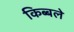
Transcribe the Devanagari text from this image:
किब्बले